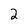
Character: 2